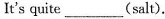
It^{\prime}s quite___(salt).